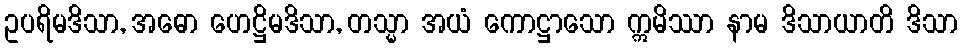
ဥပရိမဒိသာ, အဓော ဟေဋ္ဌိမဒိသာ, တသ္မာ အယံ ကောဋ္ဌာသော ဣမိဿာ နာမ ဒိသာယာတိ ဒိသာ